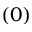
( 0 )